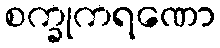
စက္ခုကရဏော